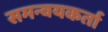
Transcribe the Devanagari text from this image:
समन्वयकर्ता